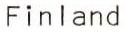
Finland